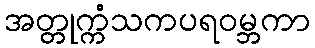
အတ္တုက္ကံသကပရဝမ္ဘကာ